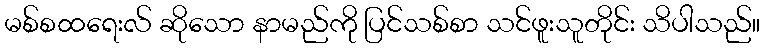
မစ်စထရေးလ် ဆိုသော နာမည်ကို ပြင်သစ်စာ သင်ဖူးသူတိုင်း သိပါသည်။